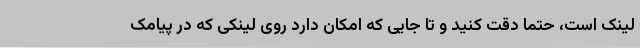
لینک است، حتما دقت کنید و تا جایی که امکان دارد روی لینکی که در پیامک